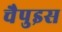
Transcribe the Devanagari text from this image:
चैपुइस